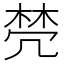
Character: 棾